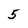
Character: 5